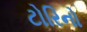
ટોરિનો